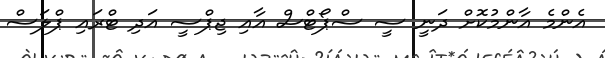
އެންމެ އާންމުކޮށް ދަނީ ސީ ސްޕޯޓްސް އާއި ޖިޕްސީ އަދި ޓްރައި ޕްލަސް